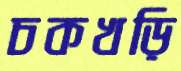
চকখড়ি